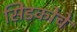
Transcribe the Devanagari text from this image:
सिडकोचे